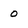
Character: 0